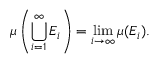
\mu \left( \bigcup _ { i = 1 } ^ { \infty } E _ { i } \right) = \operatorname* { l i m } _ { i \to \infty } \mu ( E _ { i } ) .